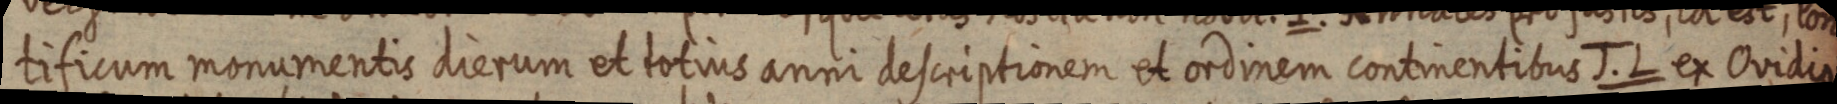
tificum monumentis dierum et totius anni descriptionem et ordinem continentibus J. L ex Ovidio